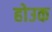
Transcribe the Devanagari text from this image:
होउक